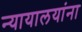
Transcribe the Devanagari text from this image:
न्यायालयांना